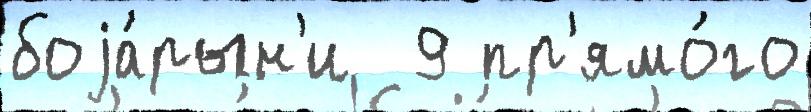
боjа́рын'и  9 пр'ямо́го